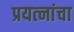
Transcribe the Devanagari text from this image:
प्रयत्‍नांचा